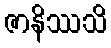
ဇာနိဿသိ